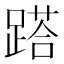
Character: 𨃚